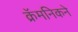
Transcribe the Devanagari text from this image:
क्रॅमनिकने